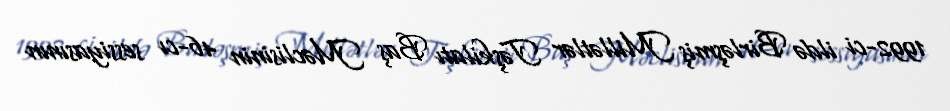
1992-ci ildə Birləşmiş Millətlər Təşkilatı Baş Məclisinin 46-cı sessiyasının